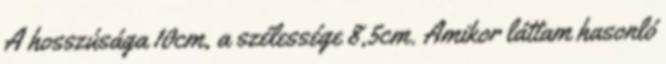
A hosszúsága 10cm, a szélessége 8,5cm. Amikor láttam hasonló